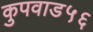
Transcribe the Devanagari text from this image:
कुपवाड५६